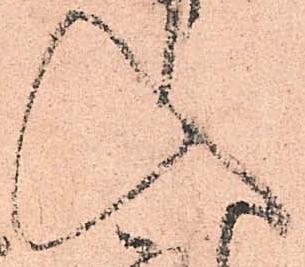
入